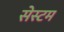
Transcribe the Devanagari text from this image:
सेस्टम